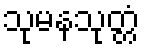
သုမနသုတ္တံ